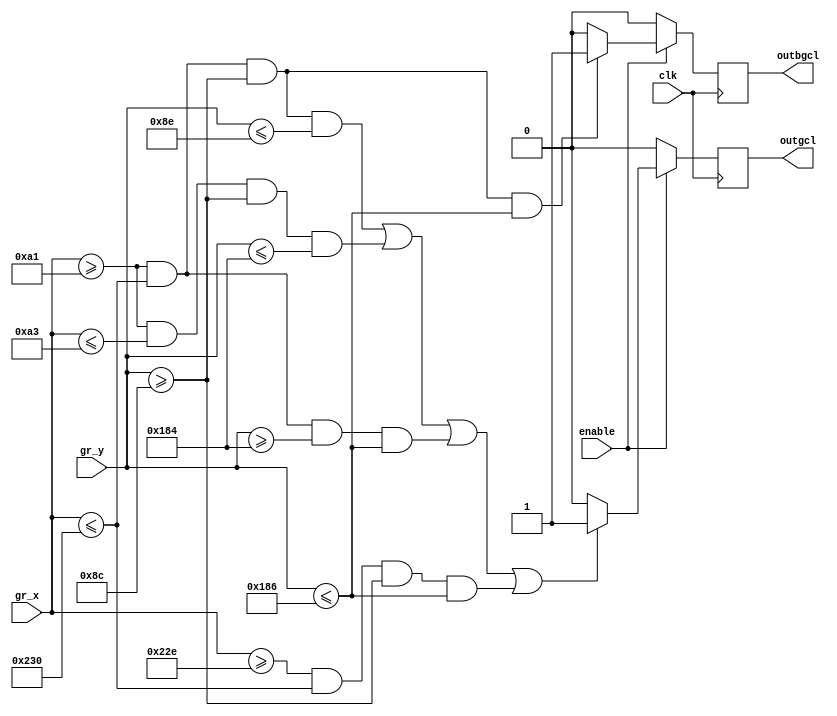
module BACKGROUND_CLEAR(
	input wire clk,
//	input wire reset,
	input wire enable,
	
	input wire [10:0]gr_x,
	input wire [9:0]gr_y,

	
	output reg outbgcl,
	output reg outgcl	
	);
	
parameter[10:0] x1 = 11'd161;
parameter[10:0] x2 = 11'd560;
parameter[9:0] y1 = 11'd140;
parameter[9:0] y2 = 11'd390;
parameter[10:0] x3 = 11'd163;
parameter[10:0] x4 = 11'd558;
parameter[9:0] y3 = 11'd142;
parameter[9:0] y4 = 11'd388;


always @ (posedge clk)
	begin
	if (enable == 1)
	begin
		if ((gr_x[10:0]>=x1[10:0])&&(gr_x[10:0]<=x2[10:0])&&(gr_y[9:0]>=y1)&&(gr_y[9:0]<=y2))
			begin
				outbgcl = 1;
			end
			else
				outbgcl = 0;
		if ((gr_x[10:0]>=x1[10:0])&&(gr_x[10:0]<=x2[10:0])&&(gr_y[9:0]>=y1)&&(gr_y[9:0]<=y3)||
			(gr_x[10:0]>=x1[10:0])&&(gr_x[10:0]<=x3[10:0])&&(gr_y[9:0]>=y1)&&(gr_y[9:0]<=y4)||
			(gr_x[10:0]>=x1[10:0])&&(gr_x[10:0]<=x2[10:0])&&(gr_y[9:0]>=y4)&&(gr_y[9:0]<=y2)||
			(gr_x[10:0]>=x4[10:0])&&(gr_x[10:0]<=x2[10:0])&&(gr_y[9:0]>=y1)&&(gr_y[9:0]<=y2))
			begin
				outgcl = 1;
			end
			else
				outgcl = 0;		
	end
	else
	begin
		outbgcl = 0;
		outgcl = 0;
	end
	end
endmodule